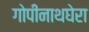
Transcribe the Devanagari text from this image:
गोपीनाथघेरा